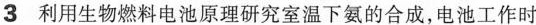
3 利用生物燃料电池原理研究室温下氨的合成，电池工作时